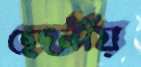
ছেদনীয়